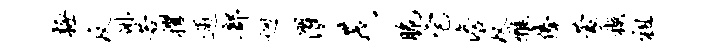
极反徘若攫逋部迥濯茂脆宅澹反雅俸蒙樾祖